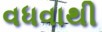
વધવાથી